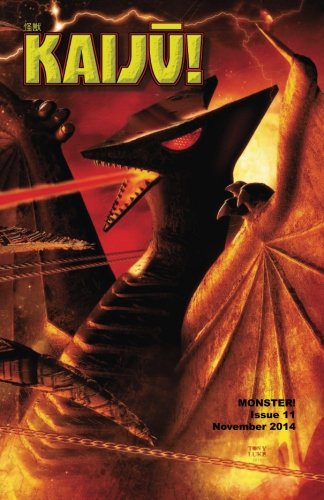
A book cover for Monster! #11: November 2014; Tim Paxton; Humor & Entertainment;